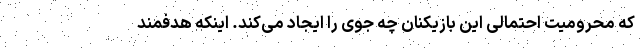
که محرومیت احتمالی این بازیکنان چه جوی را ایجاد می‌کند. اینکه هدفمند